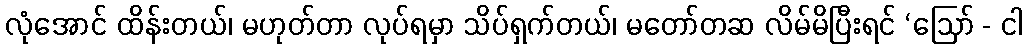
လုံအောင် ထိန်းတယ်၊ မဟုတ်တာ လုပ်ရမှာ သိပ်ရှက်တယ်၊ မတော်တဆ လိမ်မိပြီးရင် ‘ဩော် - ငါ